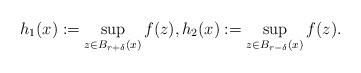
LaTeX: \begin{align*}h_1(x):=\sup_{z\in B_{r+\delta} (x)} f(z) , h_2(x):=\sup_{z\in B_{r-\delta} (x)} f(z).\end{align*}